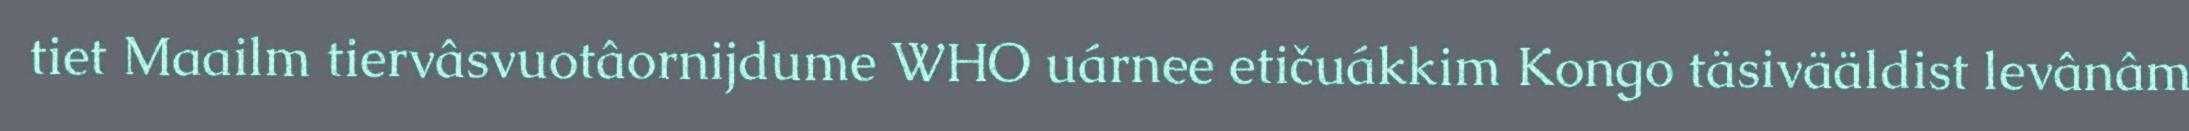
tiet Maailm tiervâsvuotâornijdume WHO uárnee etičuákkim Kongo täsivääldist levânâm